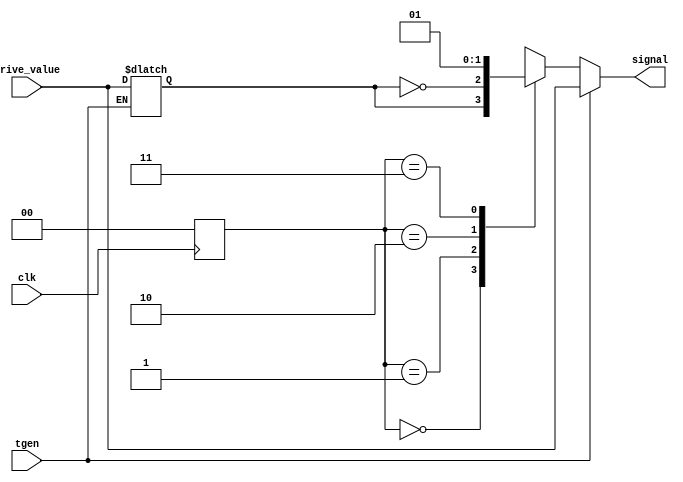


/**********************************************************************/
/*                                                                    */
/*             -------                                                */
/*            /   SOC  \                                              */
/*           /    GEN   \                                             */
/*          /     SIM    \                                            */
/*          ==============                                            */
/*          |            |                                            */
/*          |____________|                                            */
/*                                                                    */
/*  source driver for timed input signals                             */
/*                                                                    */
/*                                                                    */
/*  Author(s):                                                        */
/*      - John Eaton, jt_eaton@opencores.org                          */
/*                                                                    */
/**********************************************************************/
/*                                                                    */
/*    Copyright (C) <2010>  <Ouabache Design Works>                   */
/*                                                                    */
/*  This source file may be used and distributed without              */
/*  restriction provided that this copyright statement is not         */
/*  removed from the file and that any derivative work contains       */
/*  the original copyright notice and the associated disclaimer.      */
/*                                                                    */
/*  This source file is free software; you can redistribute it        */
/*  and/or modify it under the terms of the GNU Lesser General        */
/*  Public License as published by the Free Software Foundation;      */
/*  either version 2.1 of the License, or (at your option) any        */
/*  later version.                                                    */
/*                                                                    */
/*  This source is distributed in the hope that it will be            */
/*  useful, but WITHOUT ANY WARRANTY; without even the implied        */
/*  warranty of MERCHANTABILITY or FITNESS FOR A PARTICULAR           */
/*  PURPOSE.  See the GNU Lesser General Public License for more      */
/*  details.                                                          */
/*                                                                    */
/*  You should have received a copy of the GNU Lesser General         */
/*  Public License along with this source; if not, download it        */
/*  from http://www.opencores.org/lgpl.shtml                          */
/*                                                                    */
/**********************************************************************/


module timed_driver 
#(parameter WIDTH        = 1,
  parameter PROBE_TYPE   = 2'b00,
  parameter RESET        = 1'b0)
(
input  wire                       clk,
input  wire  [WIDTH-1:0]   drive_value, 
input  wire                       tgen,
output wire  [WIDTH-1:0]   signal
);      


reg   [WIDTH-1:0]          drive_latch;
reg   [WIDTH-1:0]          test;
   
initial
begin
  drive_latch =  RESET;
  test        =  RESET;
end

reg [1:0] probe_type;
   always@(posedge clk) probe_type <= PROBE_TYPE;
   
   
   
always@(drive_value or tgen)
  if(tgen)      drive_latch = drive_value;
  else          drive_latch = drive_latch;

always@( probe_type or drive_value or tgen)
if(tgen)        test = drive_value;
else   
case(probe_type)
 2'b00:        test =  drive_latch;
 2'b01:        test = ~drive_latch;
 2'b10:        test = {WIDTH{1'b0}};
 2'b11:        test = {WIDTH{1'b1}};
endcase // case(probe_type)
   
 assign       signal = test;
   


   
 
endmodule